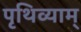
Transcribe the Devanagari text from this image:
पृथिव्याम्